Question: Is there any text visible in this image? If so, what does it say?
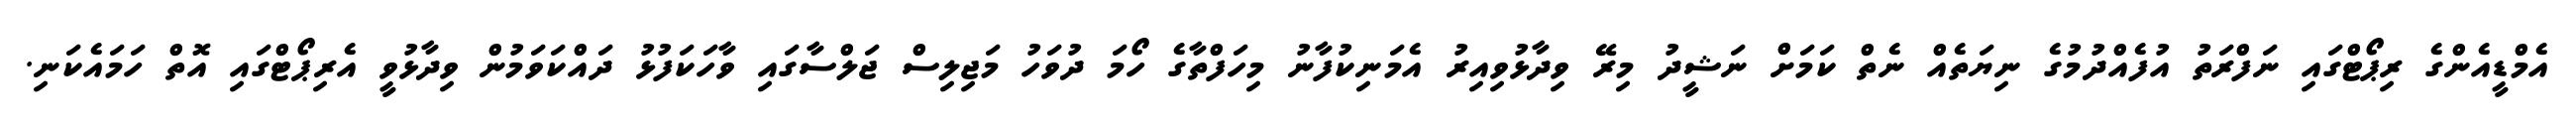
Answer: އެމްޑީއެންގެ ރިޕޯޓްގައި ނަފްރަތު އުފެއްދުމުގެ ނިޔަތެއް ނެތް ކަމަށް ނަޝީދު މިރޭ ވިދާޅުވިއިރު އެމަނިކުފާނު މިހަފްތާގެ ހޯމަ ދުވަހު މަޖިލިސް ޖަލްސާގައި ވާހަކަފުޅު ދައްކަވަމުން ވިދާޅުވީ އެރިޕޯޓްގައި އޮތް ހަމައެކަނި.